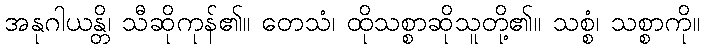
အနုဂါယန္တိ၊ သီဆိုကုန်၏။ တေသံ၊ ထိုသစ္စာဆိုသူတို့၏။ သစ္စံ၊ သစ္စာကို။